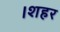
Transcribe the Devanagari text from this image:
।शहर